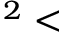
^ 2 <